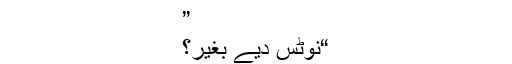
”
“نوٹس دیے بغیر؟